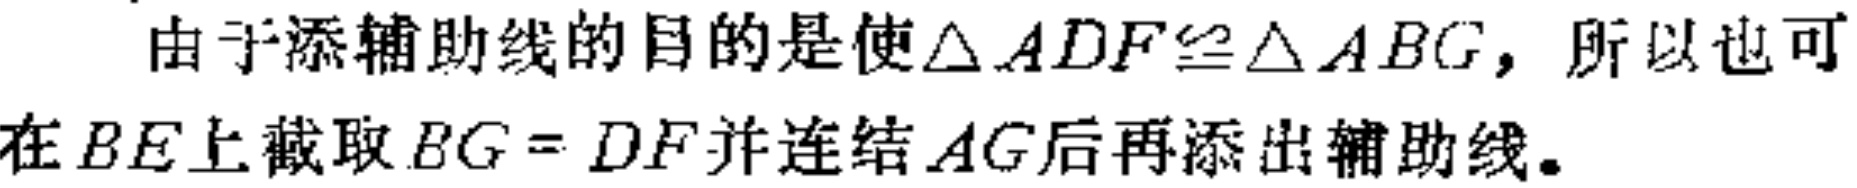
由于添辅助线的目的是使$\triangle ADF\cong\triangle ABG$，所以也可在$BE$上截取$BG = DF$并连结$AG$后再添出辅助线。